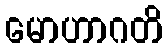
မောဟာဂတိ